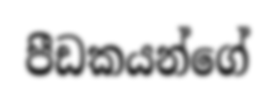
පීඩකයන්ගේ